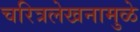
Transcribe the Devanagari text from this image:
चरित्रलेखनामुळे